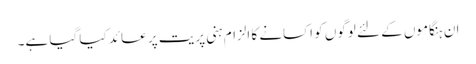
ان ہنگاموں کے لئے لوگوں کو اکسانے کا الزام ہنی پریت پر عائد کیا گیا ہے۔